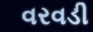
વરવડી